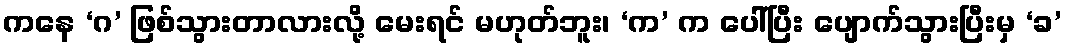
ကနေ ‘ဂ’ ဖြစ်သွားတာလားလို့ မေးရင် မဟုတ်ဘူး၊ ‘က’ က ပေါ်ပြီး ပျောက်သွားပြီးမှ ‘ခ’